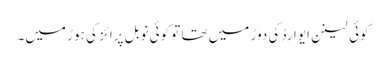
کوئی لینن ایوارڈ کی دوڑ میں تھا تو کوئی نوبل پرائز کی ہوڑ میں۔